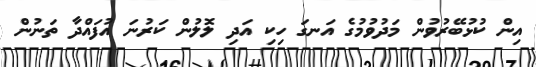
އިން ކުޅުބޭރުވުން މަދުވުމުގެ އަނގަ ހިކި އަދި ލޮލުން ކަރުނަ އުފައްދާ ތަނުން